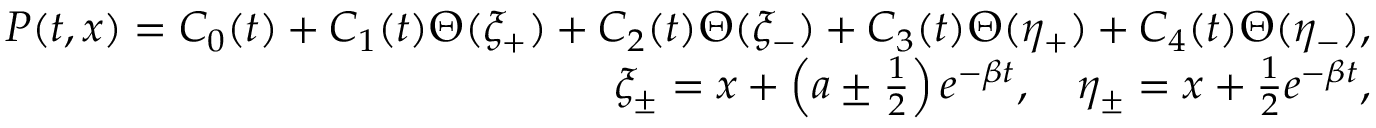
\begin{array} { r l r } & { } & { P ( t , x ) = C _ { 0 } ( t ) + C _ { 1 } ( t ) \Theta ( \xi _ { + } ) + C _ { 2 } ( t ) \Theta ( \xi _ { - } ) + C _ { 3 } ( t ) \Theta ( \eta _ { + } ) + C _ { 4 } ( t ) \Theta ( \eta _ { - } ) , } \\ & { } & { \xi _ { \pm } = x + \left( a \pm \frac 1 2 \right) e ^ { - \beta t } , \quad \eta _ { \pm } = x + \frac 1 2 e ^ { - \beta t } , } \end{array}